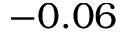
- 0 . 0 6